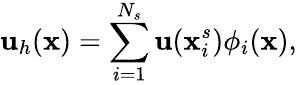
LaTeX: \mathbf{u}_{h}(\mathbf{x})=\sum_{i=1}^{N_{s}}\mathbf{u}(\mathbf{x}_{i}^{s}){\phi}_{i}(\mathbf{x}),